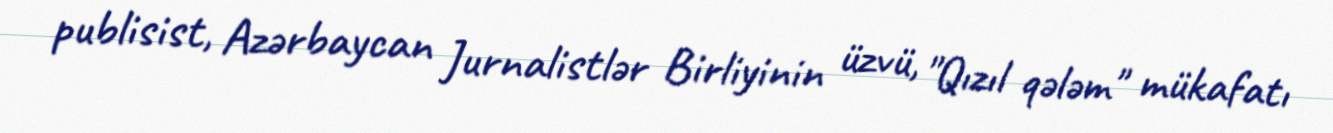
publisist, Azərbaycan Jurnalistlər Birliyinin üzvü, "Qızıl qələm" mükafatı